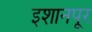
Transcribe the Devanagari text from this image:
इशानपूर